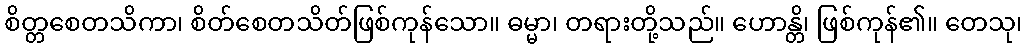
စိတ္တစေတသိကာ၊ စိတ်စေတသိတ်ဖြစ်ကုန်သော။ ဓမ္မာ၊ တရားတို့သည်။ ဟောန္တိ၊ ဖြစ်ကုန်၏။ တေသု၊